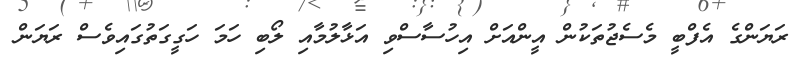
ރަޔަންގެ އެފްބީ މެސެޖުތަކުން އީންއަށް އިހުސާސްވި އަޅާލުމާއި ލޯބި ހަމަ ހަގީގަތުގައިވެސް ރަޔަން